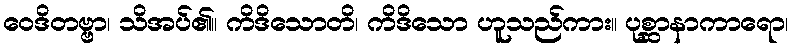
ဝေဒိတဗ္ဗာ၊ သိအပ်၏။ ကိဒိသောတိ၊ ကိဒိသော ဟူသည်ကား။ ပုစ္ဆာနာကာရော၊